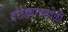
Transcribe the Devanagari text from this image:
दरोड्याच्यावेळी